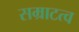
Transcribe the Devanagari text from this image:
सम्राटत्व